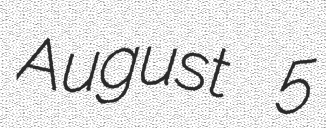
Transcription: August 5